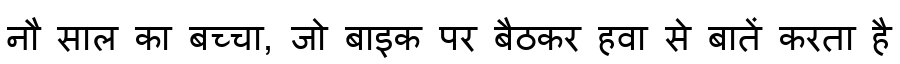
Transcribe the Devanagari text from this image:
नौ साल का बच्चा, जो बाइक पर बैठकर हवा से बातें करता है